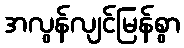
အလွန်လျင်မြန်စွာ